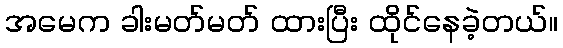
အမေက ခါးမတ်မတ် ထားပြီး ထိုင်နေခဲ့တယ်။